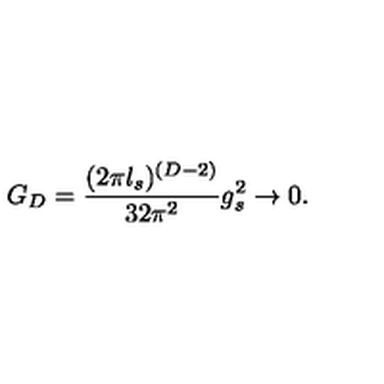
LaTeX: G _ { D } = { \frac { ( { 2 \pi l _ { s } } ) ^ { ( D - 2 ) } } { 3 2 \pi ^ { 2 } } } g _ { s } ^ { 2 } \rightarrow 0 .